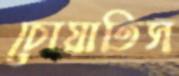
চোয়াতিস